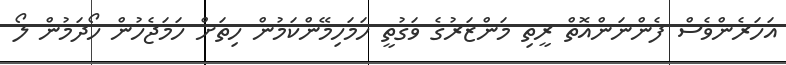
އަހަރެންވެސް ފެންނަންއޮތް ރީތި މަންޒަރުގެ ވަގުތީ ހަމަހިމޭންކަމުން ހިތަށް ހަމަޖެހުން ހޯދަމުން ލޯ